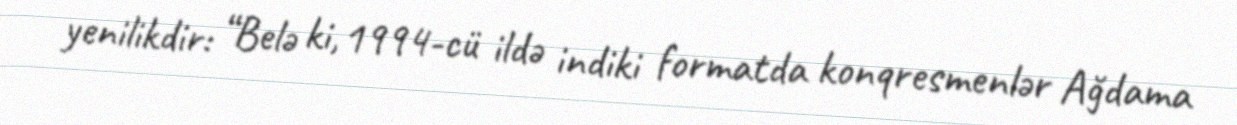
yenilikdir: “Belə ki, 1994-cü ildə indiki formatda konqresmenlər Ağdama